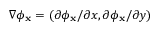
\nabla \phi _ { \mathbf { x } } = ( \partial \phi _ { \mathbf { x } } / \partial x , \partial \phi _ { \mathbf { x } } / \partial y )